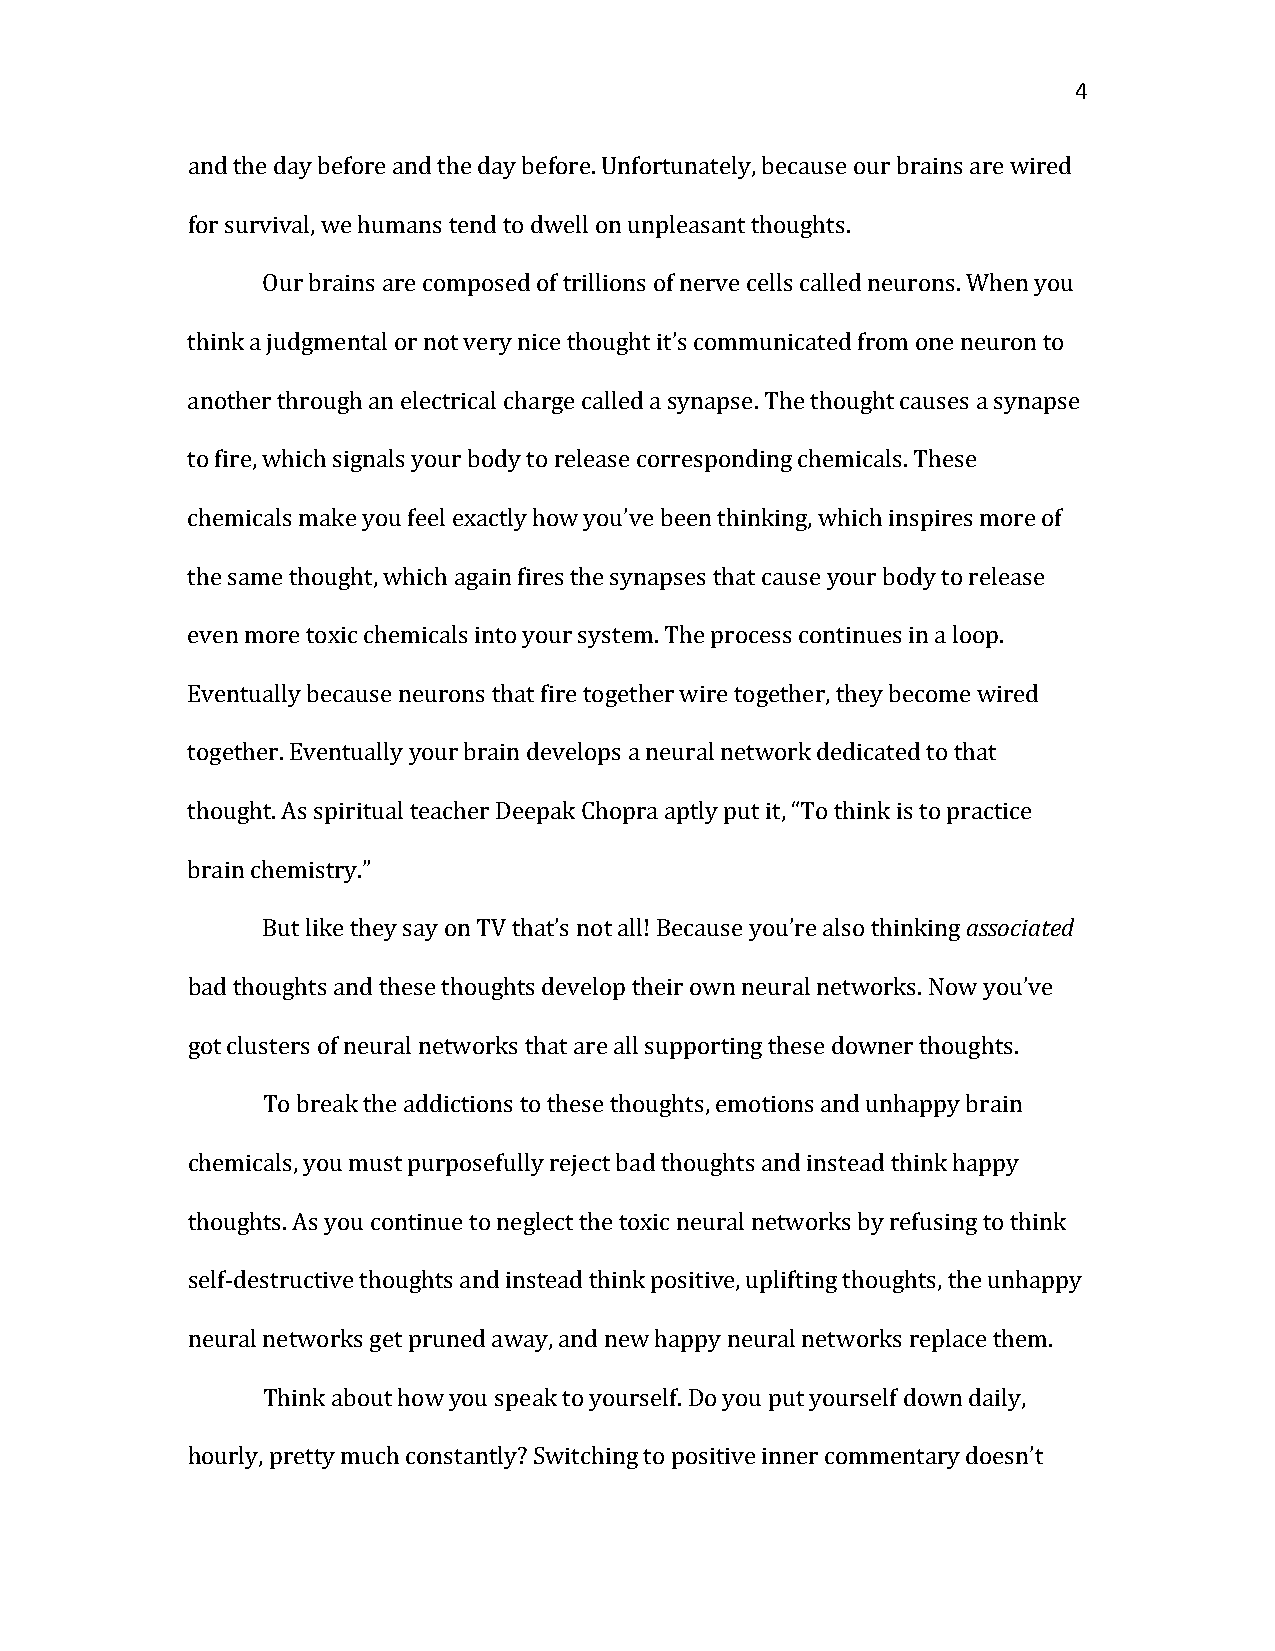
4
 and the day before and the day before. Unfortunately, because our brains are wired
 for survival, we humans tend to dwell on unpleasant thoughts.
 Our brains are composed of trillions of nerve cells called neurons. When you
 think a judgmental or not very nice thought it’s communicated from one neuron to
 another through an electrical charge called a synapse. The thought causes a synapse
 to fire, which signals your body to release corresponding chemicals. These
 chemicals make you feel exactly how you’ve been thinking, which inspires more of
 the same thought, which again fires the synapses that cause your body to release
 even more toxic chemicals into your system. The process continues in a loop.
 Eventually because neurons that fire together wire together, they become wired
 together. Eventually your brain develops a neural network dedicated to that
 thought. As spiritual teacher Deepak Chopra aptly put it, “To think is to practice
 brain chemistry.”                                   associated
 But like they say on TV that’s not all! Because you’re also thinking
 bad thoughts and these thoughts develop their own neural networks. Now you’ve
 got clusters of neural networks that are all supporting these downer thoughts.
 To break the addictions to these thoughts, emotions and unhappy brain
 chemicals, you must purposefully reject bad thoughts and instead think happy
 thoughts. As you continue to neglect the toxic neural networks by refusing to think
 self-destructive thoughts and instead think positive, uplifting thoughts, the unhappy
 neural networks get pruned away, and new happy neural networks replace them.
 Think about how you speak to yourself. Do you put yourself down daily,
 hourly, pretty much constantly? Switching to positive inner commentary doesn’t